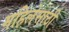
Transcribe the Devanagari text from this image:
महिलेसाठी